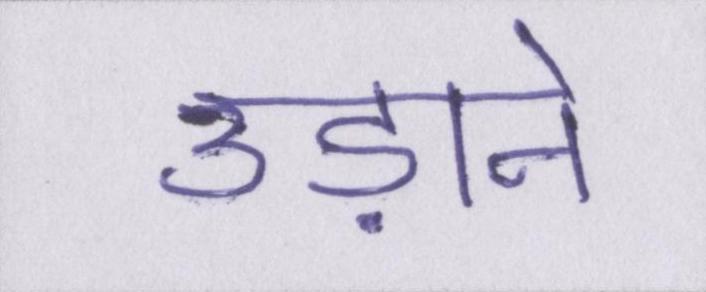
उड़ाने